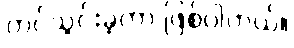
တင်သွင်းခဲ့တာ ဖြစ်ပါတယ်။